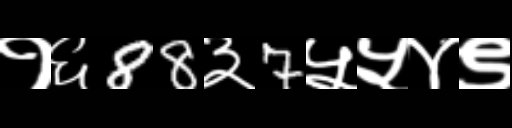
Text: १६88३7५५४९